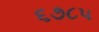
૬૭૮૫